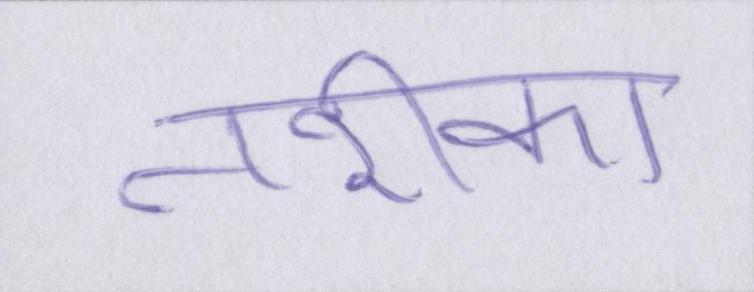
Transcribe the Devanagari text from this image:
तरीका